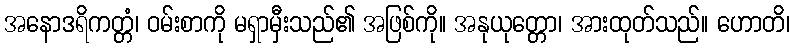
အနောဒရိကတ္တံ၊ ဝမ်းစာကို မရှာမှီးသည်၏ အဖြစ်ကို။ အနုယုတ္တော၊ အားထုတ်သည်။ ဟောတိ၊